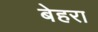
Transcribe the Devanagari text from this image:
बेहरा